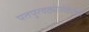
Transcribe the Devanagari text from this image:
पतपुरवठ्यासंबंधीची